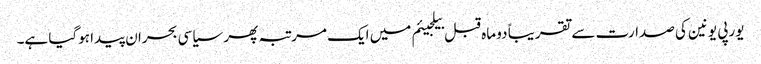
یورپی یونین کی صدارت سے تقریباً دو ماہ قبل بیلجیئم میں ایک مرتبہ پھر سیاسی بحران پیدا ہوگیا ہے۔